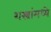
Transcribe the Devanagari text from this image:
शस्त्रांमध्ये